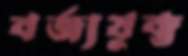
বর্জ্যযুক্ত